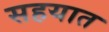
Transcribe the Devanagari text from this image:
सहयात